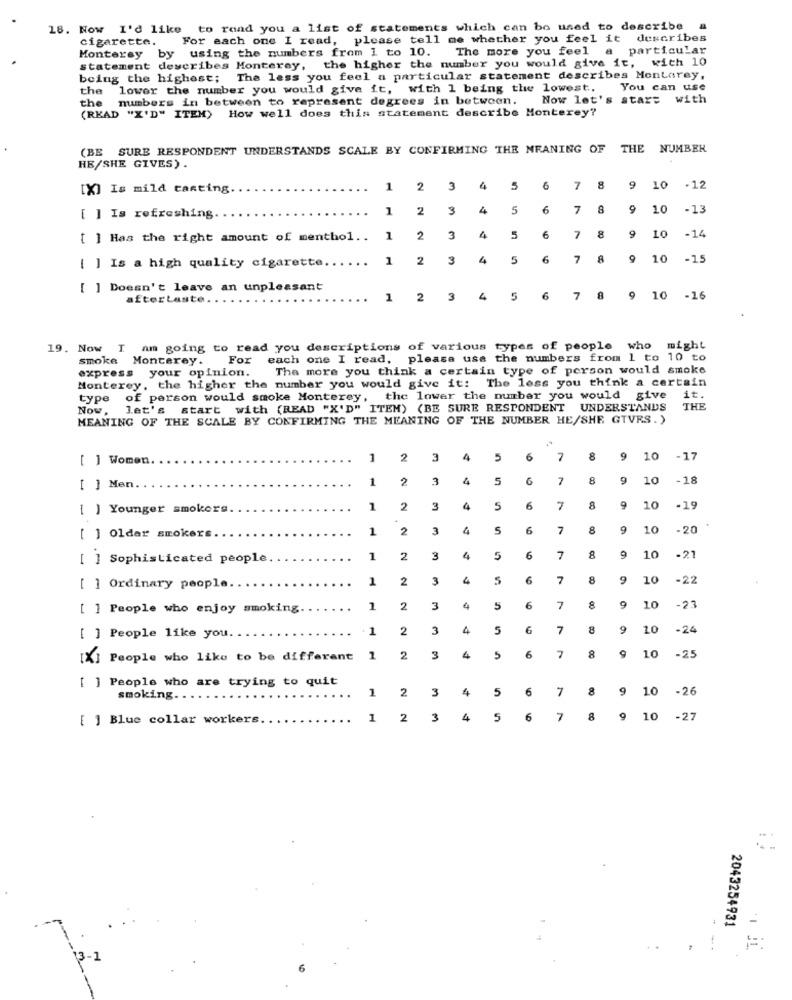
18. Now I'd like to rond you a list of statements which can be used to describe
cigarette.
For each one I read, please tell me whether you feel it describes
Monterey by using the numbers from 1 to 10.
The more you feel a particular
statement describes Monterey, the higher the number you would give it, with 10
being the highest; The less you feel a particular statement describes Montarey,
the
lower the number you would give it,
with 1 being the lowest ..
You can use
the
numbers in between to represent degrees in between.
Now let's start with
(READ "X'D" ITEM) How well does this statement describe Monterey?
(BE SURE RESPONDENT UNDERSTANDS SCALE BY CONFIRMING THE MEANING OF THE NUMBER
HE/SHE GIVES).
[X] Is mild tasting
1
2
3
4
5
6
7
8
9
10 -12
1
2
3
4
5
6
7
8
9 10
-13
[ ] Is refreshing
[ ] Has the right amount of menthol ..
1
2
3
4
5
6
7 8
9 10 -14
[ ] Is a high quality cigarette ..
1
2
3
4
5
6
7 8
9 10 -15
[ ] Doesn't leave an unpleasant
aftertaste.
1
2
3
4
5
6
7
8
9
10 -16
19. Now I am going to read you descriptions of various types of people who might
smoke
Monterey.
For
each one I read, please use the numbers from 1 to 10 to
express your opinion.
The more you think a certain type of person would smoke
Monterey, the higher the number you would give it: The less you think a certain
type of person would smoke Monterey, the lower the number you would give it.
Now,
let's start with (READ "X'D" ITEM) (BE SURE RESPONDENT UNDERSTANDS
THE
MEANING OF THE SCALE BY CONFIRMING THE MEANING OF THE NUMBER HE/SHE GTVRS.)
[ ] Women
2
3
4
5
6
7
8
9
10
-17
1
2
3
4
5
6
7
8
9
10
-18
.
-
Men.
[ ] Younger smokers
1
2
3
4
5
6
7
8
9
10
-19
1
2
3
4
5
6
7
8
9
10
-20
[ ] Older smokers.
[ ] Sophisticated people
1
2
3
4
5
6
7
8
9
10
-21
1
2
3
4
5
6
7
8
9
10
-22
1 Ordinary people
] People who enjoy smoking.
1
2
3
4
5
6
7
8
9
10
-23
[ ] People like you.
1
2
3
4
5
7
8
9
10
-24
2
9
10
[X] People who like to be different
2
3
4
5
6
8
-25
] People who are trying to quit
1
2
3
4
5
6
7
8
9
10
-26
smoking ..
[ ] Blue collar workers.
1
2
3
4
5
6
7
8
9
10
-27
2043254931